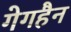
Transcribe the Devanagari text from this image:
गेगहैन